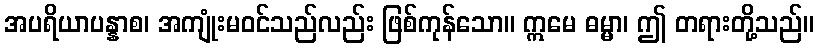
အပရိယာပန္နာစ၊ အကျုံးမဝင်သည်လည်း ဖြစ်ကုန်သော။ ဣမေ ဓမ္မာ၊ ဤ တရားတို့သည်။